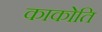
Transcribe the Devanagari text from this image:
काकोति